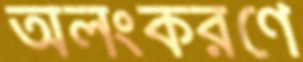
অলংকরণে